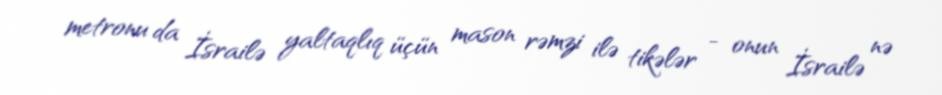
metronu da İsrailə yaltaqlıq üçün mason rəmzi ilə tikələr - onun İsrailə nə